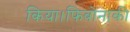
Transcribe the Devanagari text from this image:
किया।फिबोनाकी